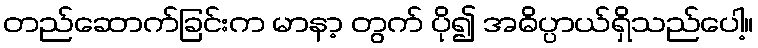
တည်ဆောက်ခြင်းက မာနာ့ တွက် ပို၍ အဓိပ္ပာယ်ရှိသည်ပေါ့။